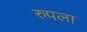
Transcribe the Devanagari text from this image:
रुपला